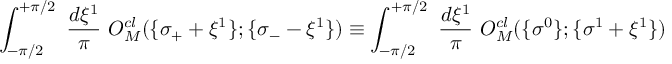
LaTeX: \int _ { - \pi / 2 } ^ { + \pi / 2 } ~ \frac { d \xi ^ { 1 } } { \pi } ~ O _ { M } ^ { c l } ( \{ \sigma _ { + } + \xi ^ { 1 } \} ; \{ \sigma _ { - } - \xi ^ { 1 } \} ) \equiv \int _ { - \pi / 2 } ^ { + \pi / 2 } ~ \frac { d \xi ^ { 1 } } { \pi } ~ O _ { M } ^ { c l } ( \{ \sigma ^ { 0 } \} ; \{ \sigma ^ { 1 } + \xi ^ { 1 } \} )